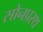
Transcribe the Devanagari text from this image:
सोनप्रस्थ